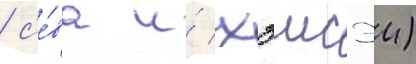
/ с'е́ва и́ хэисэи)